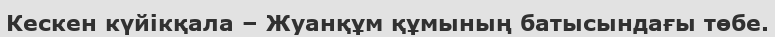
Кескен күйікқала – Жуанқұм құмының батысындағы төбе.